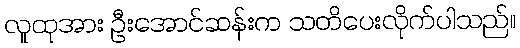
လူထုအား ဦးအောင်ဆန်းက သတိပေးလိုက်ပါသည်။